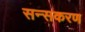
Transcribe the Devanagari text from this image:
सन्सकरण